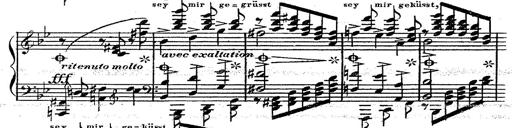
Title: 12 Lieder von Franz Schubert
Composer: Franz Liszt